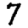
Digit: 7